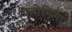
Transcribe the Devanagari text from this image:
एनोनिमा